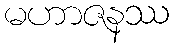
မဟာဇနဿ